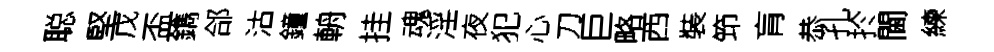
聪堅戊盃鐫郃沽鐘輈挂魂淫夜犯心刀巨略西裝笻肓恭孔扵閫練